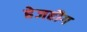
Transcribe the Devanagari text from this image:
हेजहौग